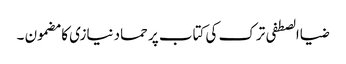
ضیاالصطفی ترک کی کتاب پر حماد نیازی کا مضمون ۔